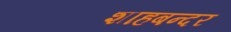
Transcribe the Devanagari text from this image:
शाहबन्दर